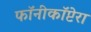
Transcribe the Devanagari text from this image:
फॉनीकॉप्टेरा